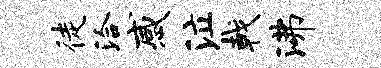
徒洽感泣戟沸